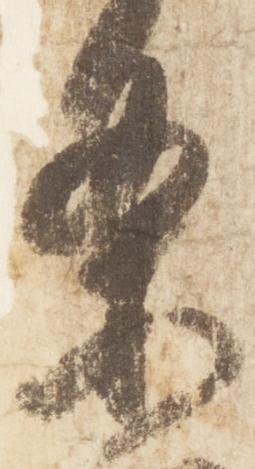
条